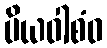
ပိယဝါစံဝ